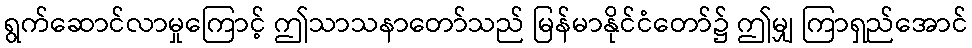
ရွက်ဆောင်လာမှုကြောင့် ဤသာသနာတော်သည် မြန်မာနိုင်ငံတော်၌ ဤမျှ ကြာရှည်အောင်